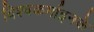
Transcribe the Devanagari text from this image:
विश्वकर्माइनके